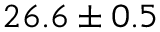
2 6 . 6 \pm 0 . 5